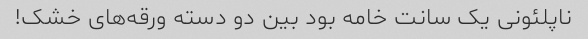
ناپلئونی یک سانت خامه بود بین دو دسته ورقه‌های خشک!